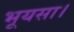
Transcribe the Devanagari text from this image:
भूयसा।